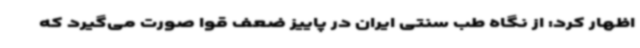
اظهار کرد: از نگاه طب سنتی ایران در پاییز ضعف قوا صورت می‌گیرد که